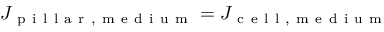
J _ { \mathrm { ~ p ~ i ~ l ~ l ~ a ~ r ~ , ~ m ~ e ~ d ~ i ~ u ~ m ~ } } = J _ { \mathrm { ~ c ~ e ~ l ~ l ~ , ~ m ~ e ~ d ~ i ~ u ~ m ~ } }